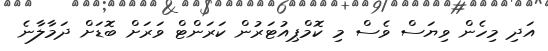
އަދި މިހެން ވިޔަސް ވެސް މި ކޮމްޕިއުޓަރުން ކަރަންޓް ވަރަށް ބޮޑަށް ދަމާލާނެ